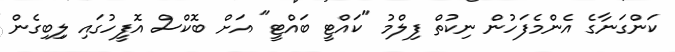
ކަންގަނާގެ އެންމެފަހުން ނިކުތް ފިލްމު "ކައްޓީ ބައްޓީ" އަށް ބޮކްސް އޮފީހުގައި ލިިބިގެން